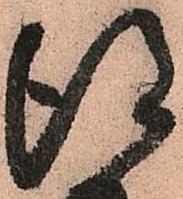
得